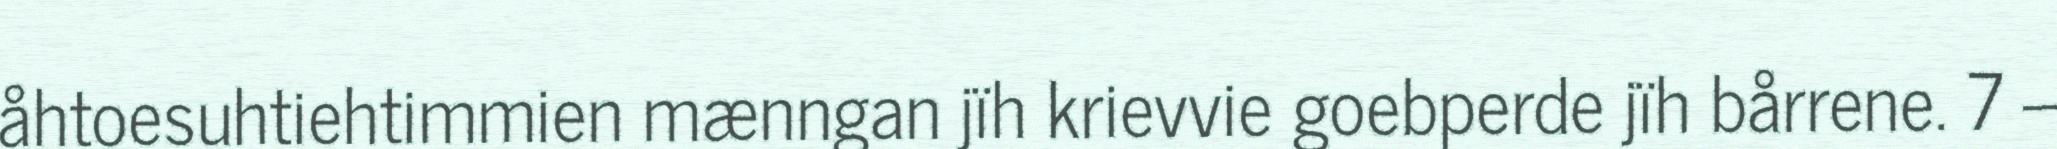
åhtoesuhtiehtimmien mænngan jïh krievvie goebperde jïh bårrene. 7 –